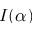
I ( \alpha )